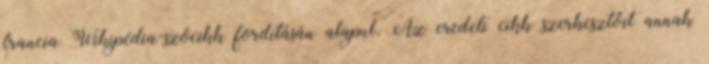
francia Wikipédia-szócikk fordításán alapul. Az eredeti cikk szerkesztőit annak